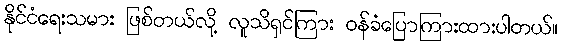
နိုင်ငံရေးသမား ဖြစ်တယ်လို့ လူသိရှင်ကြား ဝန်ခံပြောကြားထားပါတယ်။